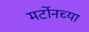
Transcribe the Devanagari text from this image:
मर्टोनच्या